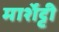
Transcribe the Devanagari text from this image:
मार्शेट्टी